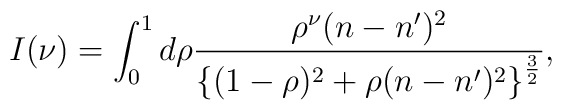
I(\nu) = \int^1_0 d\rho \frac{\rho^\nu (n-n^{\prime})^2}{\left\{(1-\rho)^2+\rho(n-n^{\prime})^2\right\}^{\frac{3}{2}}},